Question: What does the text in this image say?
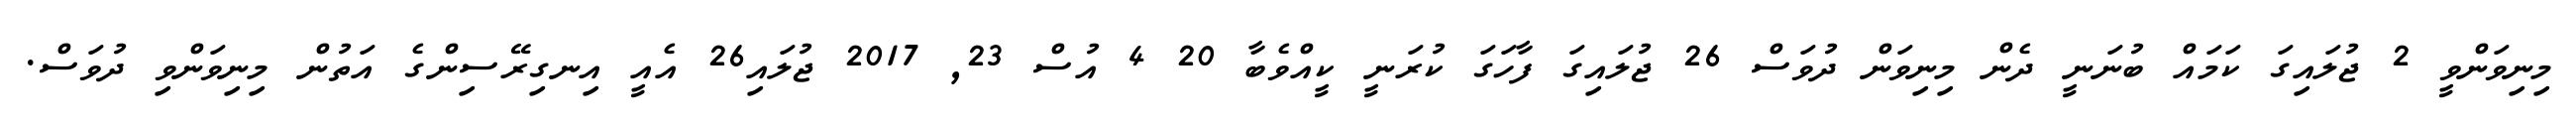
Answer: މިނިވަންވީ 2 ޖުލައިގަ ކަމައް ބުނަނީ ދެން މިނިވަން ދުވަސް 26 ޖުލައިގަ ފާހަގަ ކުރަނީ ކީއްވެބާ 20 4 އުސް 23, 2017 ޖުލައި26 އެއީ އިނގިރޭސިންގެ އަތުން މިނިވަންވި ދުވަސް.